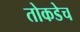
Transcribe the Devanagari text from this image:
तोकडेच